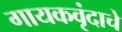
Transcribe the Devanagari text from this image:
गायकवृंदाचे